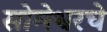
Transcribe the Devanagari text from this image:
सोमेश्वरचे